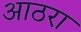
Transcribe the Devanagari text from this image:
आठरा